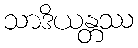
သာဒိယန္တဿ